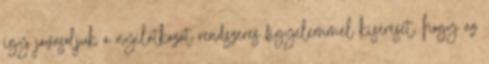
így javasoljuk a nyilatkozat rendszeres figyelemmel kísérését, hogy az